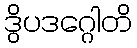
ဒွိပဒဂ္ဂေါတိ